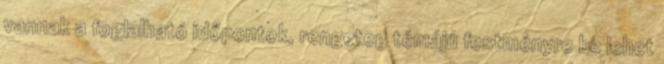
vannak a foglalható időpontok, rengeteg témájú festményre be lehet